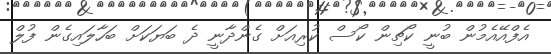
އެފްއޭއެމުން ބުނީ ކޯޗިން ކޯސް ކުރިއަށް ގެންދާނީ ދެ ބަޔަކަށް ބަހާލައިގެން ފުލް